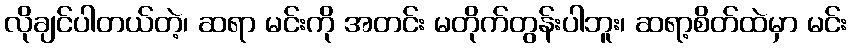
လိုချင်ပါတယ်တဲ့၊ ဆရာ မင်းကို အတင်း မတိုက်တွန်းပါဘူး၊ ဆရာ့စိတ်ထဲမှာ မင်း